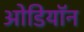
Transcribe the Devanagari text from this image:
ओडियॉन